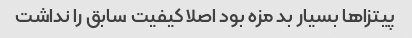
پیتزا‌ها بسیار بد مزه بود اصلا کیفیت سابق را نداشت